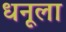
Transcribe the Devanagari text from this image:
धनूला